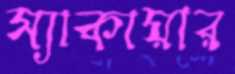
স্যাকায়ার